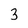
Character: 3